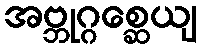
အဗ္ဘုဂ္ဂစ္ဆေယျ